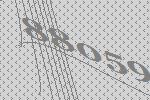
88059